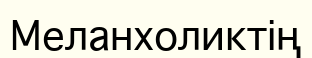
Меланхоликтің